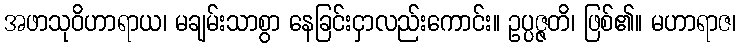
အဖာသုဝိဟာရာယ၊ မချမ်းသာစွာ နေခြင်းငှာလည်းကောင်း။ ဥပ္ပဇ္ဇတိ၊ ဖြစ်၏။ မဟာရာဇ၊